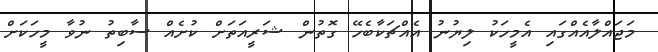
މަޖައްލާއެއްގައި އެމީހަކު ލިޔުނު އެއްޗަކާބެހޭ ގޮތުން ޝަރީއަތަށް ކުށެއް ސާބިތު ނުވާ މީހަކަށް